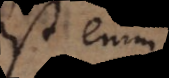
Est enim